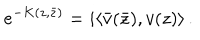
LaTeX: e ^ { - K ( z , \bar { z } ) } = i \langle \bar { v } ( \bar { z } ) , v ( z ) \rangle \, .